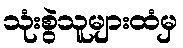
သုံးစွဲသူများထံမှ